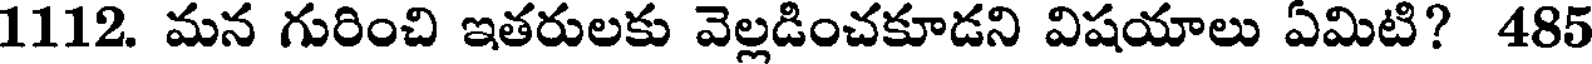
1112. మన గురించి ఇతరులకు వెల్లడించకూడని విషయాలు ఏమిటి? 485